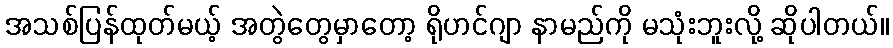
အသစ်ပြန်ထုတ်မယ့် အတွဲတွေမှာတော့ ရိုဟင်ဂျာ နာမည်ကို မသုံးဘူးလို့ ဆိုပါတယ်။